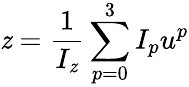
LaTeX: \mathit{z}=\frac{{1}}{{I_{\mathit{z}}}}\sum_{p=0}^{3}I_{p}u^{p}